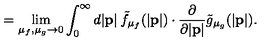
\: \: \: \: \: \: \: \: \: \: \: \: \: \: \: \: \: \: = \lim _ { \mu _ { f } , \mu _ { g } \to 0 } \int _ { 0 } ^ { \infty } d | { \bf p } | \: { \tilde { f } } _ { { \mu } _ { f } } ( | { \bf p } | ) \cdot \frac { \partial } { \partial | { \bf p } | } { \tilde { g } } _ { { \mu } _ { g } } ( | { \bf p } | ) .